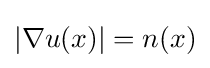
|\nabla u(x)|=n(x)